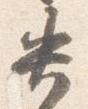
失